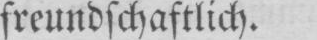
freundschaftlich.